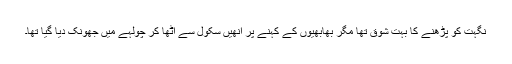
نگہت کو پڑھنے کا بہت شوق تھا مگر بھابھیوں کے کہنے پر انھیں سکول سے اٹھا کر چولہے میں جھونک دیا گیا تھا۔